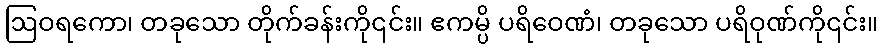
ဩဝရကော၊ တခုသော တိုက်ခန်းကို၎င်း။ ဧကမ္ပိ ပရိဝေဏံ၊ တခုသော ပရိဝုဏ်ကို၎င်း။